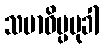
သမာဓိပ္ပမုခါ